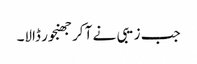
جب زیبی نے آ کر جھنجور ڈالا۔